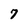
Character: 7